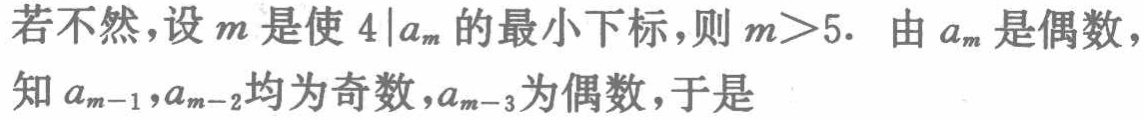
若不然，设\(m\)是使\(4\mid a_{m}\)的最小下标，则\(m > 5\). 由\(a_{m}\)是偶数，知\(a_{m - 1},a_{m - 2}\)均为奇数，\(a_{m - 3}\)为偶数，于是